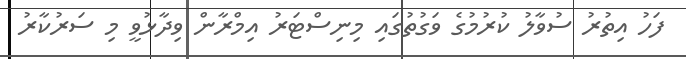
ފަހު އިތުރު ސުވާލު ކުރުމުގެ ވަގުތުގައި މިނިސްޓަރު އިމްރާން ވިދާޅުވީ މި ސަރުކާރު